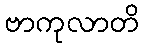
ဗာကုလာတိ